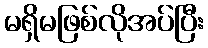
မရှိမဖြစ်လိုအပ်ပြီး